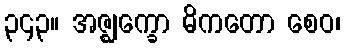
၃၄၃။ အဇ္ဈက္ခော ဓိကတော စေဝ၊